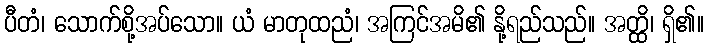
ပီတံ၊ သောက်စို့အပ်သော။ ယံ မာတုထညံ၊ အကြင်အမိ၏ နို့ရည်သည်။ အတ္ထိ၊ ရှိ၏။